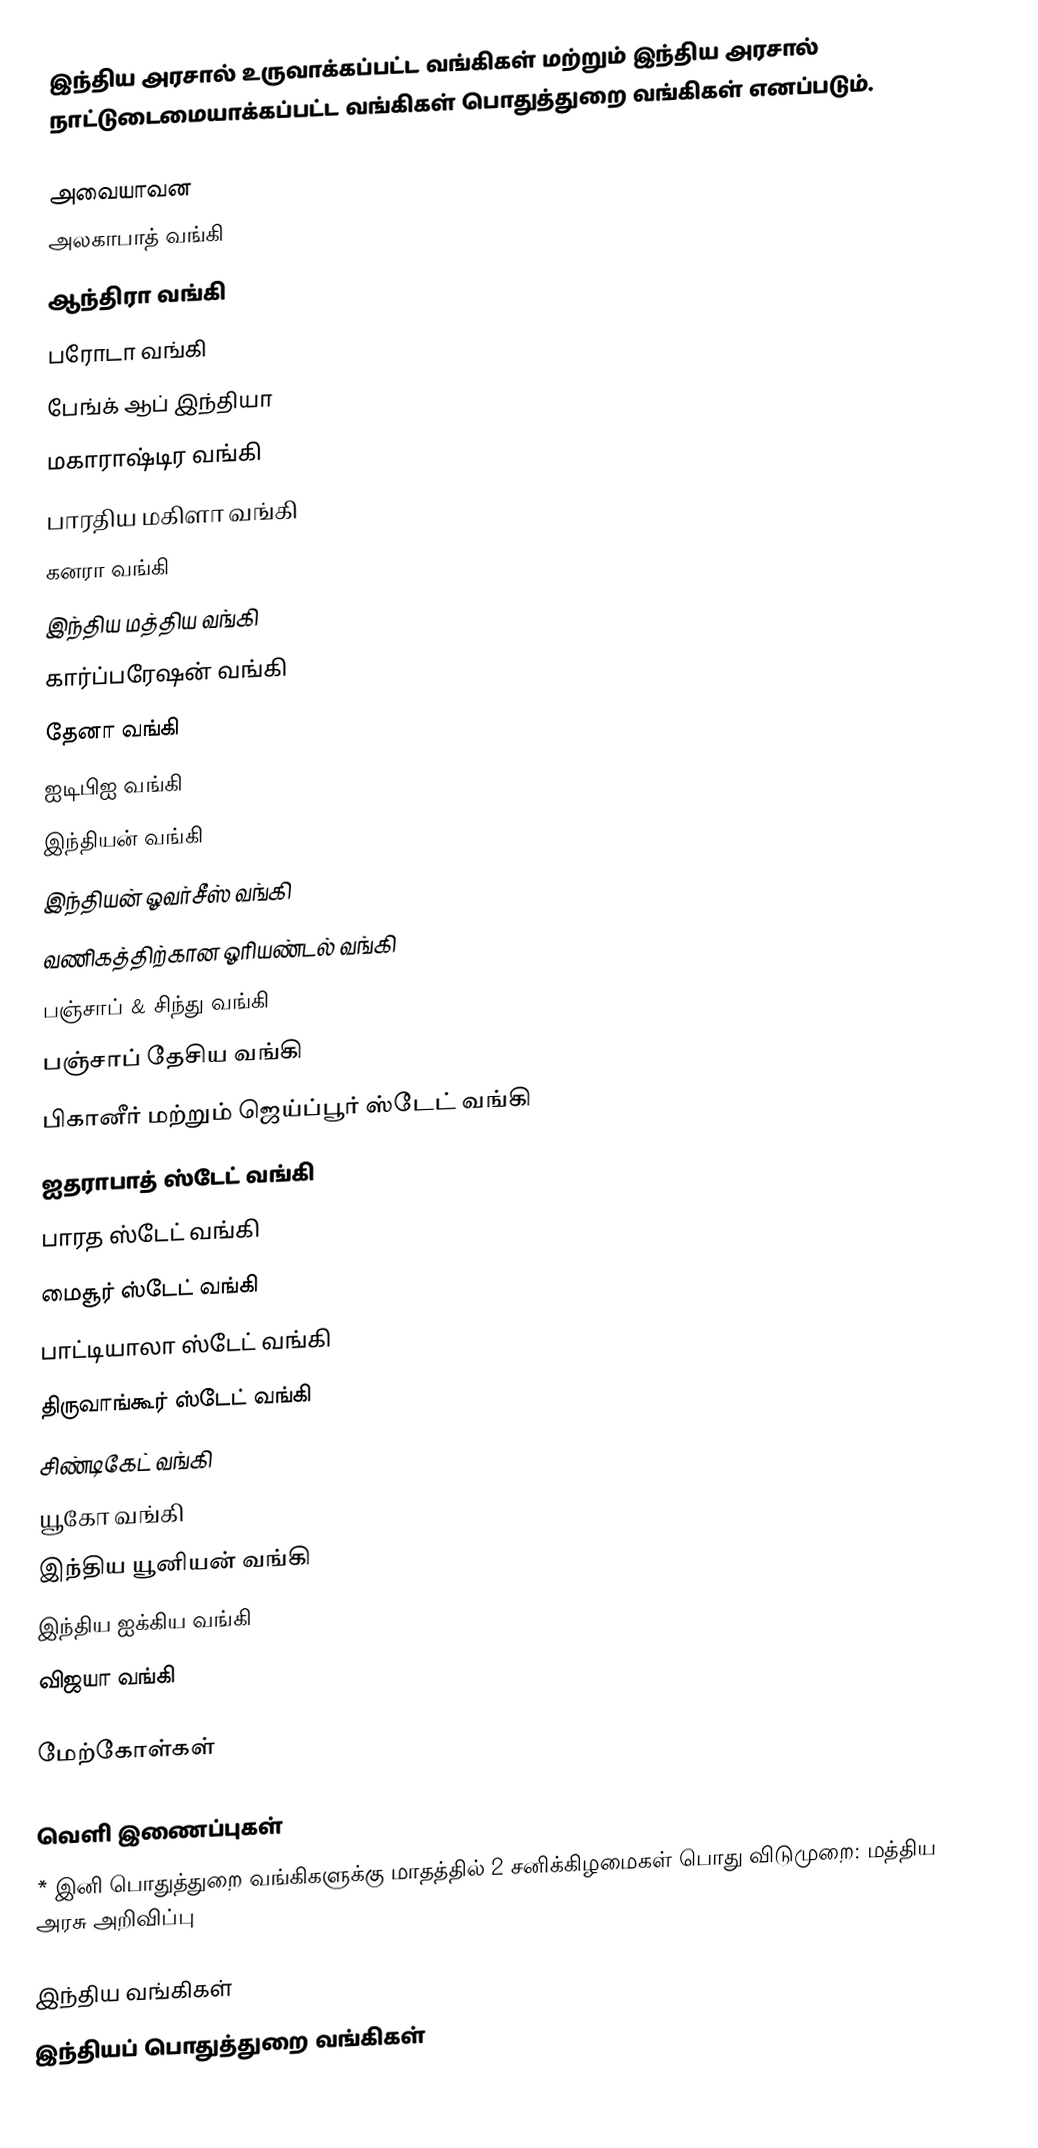
இந்திய அரசால்  உருவாக்கப்பட்ட வங்கிகள் மற்றும்  இந்திய அரசால் நாட்டுடைமையாக்கப்பட்ட வங்கிகள் பொதுத்துறை வங்கிகள் எனப்படும்.

அவையாவன
 அலகாபாத் வங்கி
 ஆந்திரா வங்கி
 பரோடா வங்கி
 பேங்க் ஆப் இந்தியா
 மகாராஷ்டிர வங்கி
 பாரதிய மகிளா வங்கி
 கனரா வங்கி
 இந்திய மத்திய வங்கி
 கார்ப்பரேஷன் வங்கி
 தேனா வங்கி
 ஐடிபிஐ வங்கி
 இந்தியன் வங்கி
 இந்தியன் ஓவர்சீஸ் வங்கி
 வணிகத்திற்கான ஓரியண்டல் வங்கி
 பஞ்சாப் & சிந்து வங்கி
 பஞ்சாப் தேசிய வங்கி
 பிகானீர் மற்றும் ஜெய்ப்பூர் ஸ்டேட் வங்கி
 ஐதராபாத் ஸ்டேட் வங்கி
 பாரத ஸ்டேட் வங்கி
 மைசூர் ஸ்டேட் வங்கி
 பாட்டியாலா ஸ்டேட் வங்கி
 திருவாங்கூர் ஸ்டேட் வங்கி
 சிண்டிகேட் வங்கி
 யூகோ வங்கி
 இந்திய யூனியன் வங்கி
 இந்திய ஐக்கிய வங்கி
 விஜயா வங்கி

மேற்கோள்கள்

வெளி இணைப்புகள்
 * இனி பொதுத்துறை வங்கிகளுக்கு மாதத்தில் 2 சனிக்கிழமைகள் பொது விடுமுறை: மத்திய அரசு அறிவிப்பு

இந்திய வங்கிகள்
இந்தியப் பொதுத்துறை வங்கிகள்